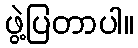
ဖွဲ့ပြတာပါ။